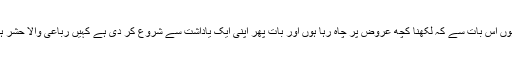
ڈر رہا ہوں اس بات سے کہ لکھنا کچھ عروض پر چاہ رہا ہوں اور بات پھر اپنی ایک یاداشت سے شروع کر دی ہے کہیں رباعی والا حشر ہی نہ ہو۔